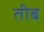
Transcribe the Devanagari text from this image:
तीब